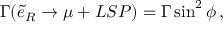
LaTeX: \Gamma ( \tilde { e } _ { R } \rightarrow \mu + L S P ) = \Gamma \sin ^ { 2 } { \phi } \, ,